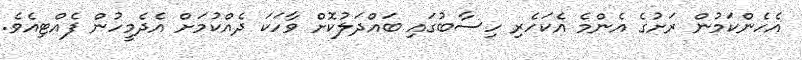
އެހެންކަމުން ރަށުގެ އެންމެ އެކަހެރި ހިސާބުގައި ބައްދަލުކޮށް ވާހަކަ ދެއްކުމަށް އެދެމީހުން ފެއްޓިއެވެ.